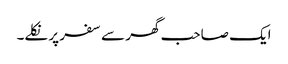
ایک صاحب گھر سے سفر پر نکلے۔